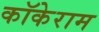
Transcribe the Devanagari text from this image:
कॉकेराम